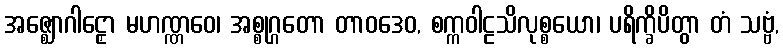
အဇ္ဈောဂါဠှော မဟဏ္ဏဝေ၊ အစ္စုဂ္ဂတော တာဝဒေဝ, စက္ကဝါဠသိလုစ္စယော၊ ပရိက္ခိပိတွာ တံ သဗ္ဗံ,